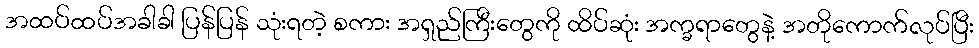
အထပ်ထပ်အခါခါ ပြန်ပြန် သုံးရတဲ့ စကား အရှည်ကြီးတွေကို ထိပ်ဆုံး အက္ခရာတွေနဲ့ အတိုကောက်လုပ်ပြီး